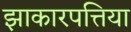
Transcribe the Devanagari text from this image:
झाकारपत्तिया